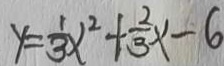
y = \frac { 1 } { 3 } x ^ { 2 } + \frac { 2 } { 3 } x - 6